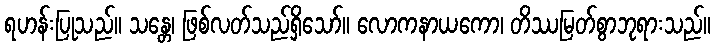
ရဟန်းပြုသည်။ သန္တေ၊ ဖြစ်လတ်သည်ရှိသော်။ လောကနာယကော၊ တိဿမြတ်စွာဘုရားသည်။